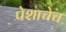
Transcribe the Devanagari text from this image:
पेशाचेच